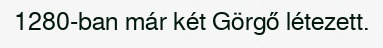
1280-ban már két Görgő létezett.